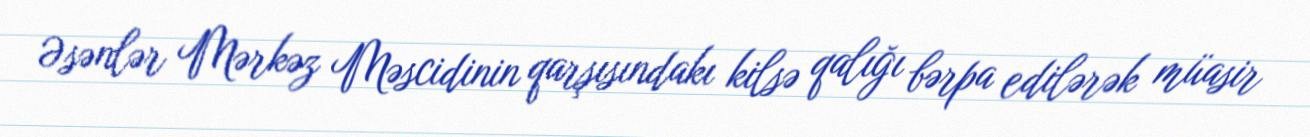
Əsənlər Mərkəz Məscidinin qarşısındakı kilsə qalığı bərpa edilərək müasir